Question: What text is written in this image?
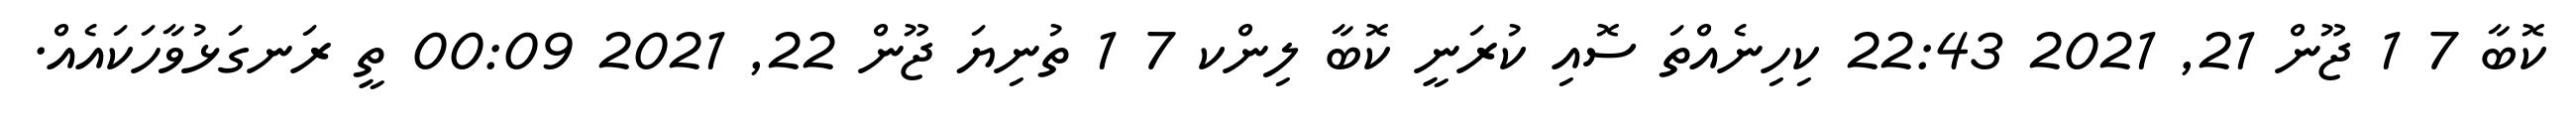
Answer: ކޮބާ 7 1 ޖޫން 21, 2021 22:43 ކިހިނެއްތަ ސޮއި ކުރަނީ ކޮބާ ލިންކ 7 1 ތުނިޔަ ޖޫން 22, 2021 00:09 ތީ ރަނގަޅުވާހަކައެއް.